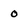
Character: o